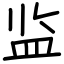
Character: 监